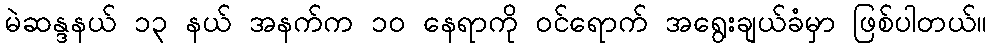
မဲဆန္ဒနယ် ၁၃ နယ် အနက်က ၁ဝ နေရာကို ဝင်ရောက် အရွေးချယ်ခံမှာ ဖြစ်ပါတယ်။